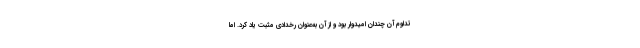
تداوم آن چندان امیدوار بود و از آن به‌عنوان رخدادی مثبت یاد کرد. اما